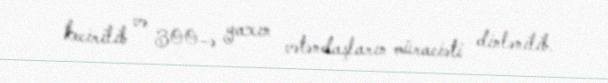
kecirilib və 300-ə yaxın vətəndaşların müraciəti dinlənilib.